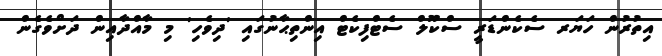
އިތުރުން ހަޔަރ ސެކެންޑަރީ ސްކޫލް ސެޓްފިކެޓް އިންތިޙާނުގައި 'ދިވެހި' މި މާއްދާއިން ދަށްވެގެން